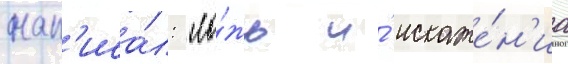
нап'иса́л: "ло́жь и́ искаже́н'иа